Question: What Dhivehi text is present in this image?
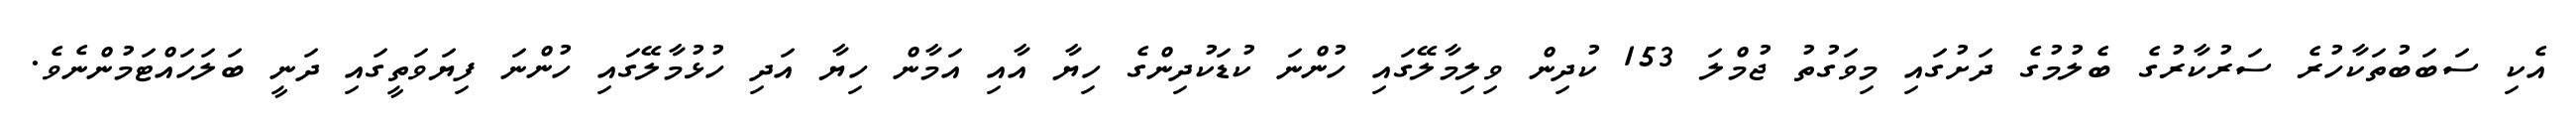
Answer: އެކި ސަބަބުތަކާހުރެ ސަރުކާރުގެ ބެލުމުގެ ދަށުގައި މިވަގުތު ޖުމްލަ 153 ކުދިން ވިލިމާލޭގައި ހުންނަ ކުޑަކުދިންގެ ހިޔާ އާއި އަމާން ހިޔާ އަދި ހުޅުމާލޭގައި ހުންނަ ފިޔަވަތީގައި ދަނީ ބަލަހައްޓަމުންނެވެ.